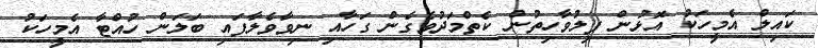
ކައިލް އެމީހަކު އޮޅުން ފިލުވާހިތުން ކެތްމަދުވެގެން ގަހާއި ނިވާވެލާފައި ބަލަން ހުއްޓާ އެމީހަކު